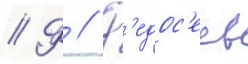
// Ф // Ф'едос'еев